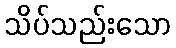
သိပ်သည်းသော